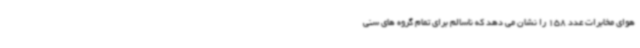
هوای مخابرات عدد 158 را نشان می دهد که ناسالم برای تمام گروه های سنی